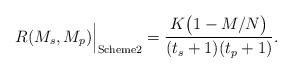
LaTeX: \begin{align*}R(M_s,M_p)\Big|_{\textrm{Scheme2}}=\frac{K \big( 1-M/N \big)}{(t_s+1)(t_p+1)}.\end{align*}